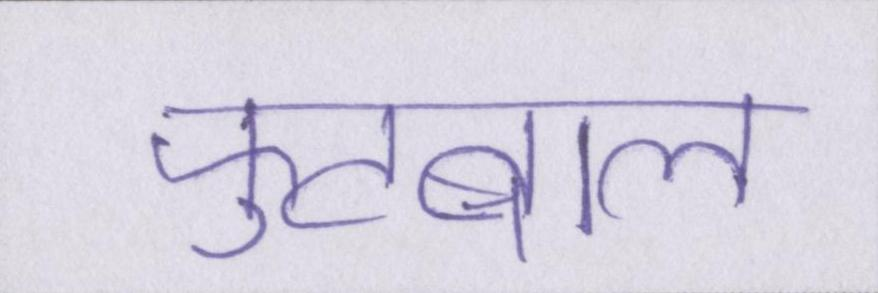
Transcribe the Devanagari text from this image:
फुटबाल